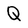
Character: Q